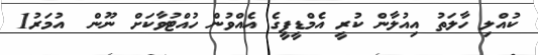
ކުއްލި ހާލަތު އިއުލާން ކުރީ އެމްޑީޕީގެ އެއްވުން ހުއްޓުވާކަށް ނޫން  އުމަރު1